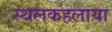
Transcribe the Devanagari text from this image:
स्थलकहलाया